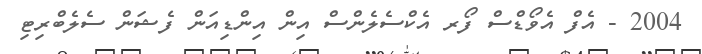
2004 - އެފް އެވޯޑްސް ފޯރ އެކްސެލެންސް އިން އިންޑިއަން ފެޝަން ސެލެބްރިޓި